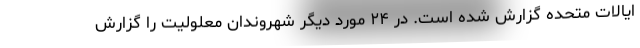
ایالات متحده گزارش شده است. در ۲۴ مورد دیگر شهروندان معلولیت را گزارش